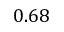
0 . 6 8